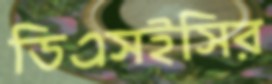
ডিএসইসির